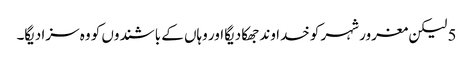
5 لیکن مغرور شہر کو خدا وند جھکا دیگا اور وہاں کے باشندوں کو وہ سزا دیگا۔